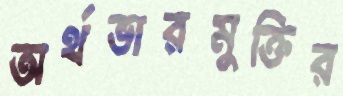
অর্থভারমুক্তির